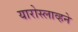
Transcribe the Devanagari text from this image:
यारोस्लाव्हने